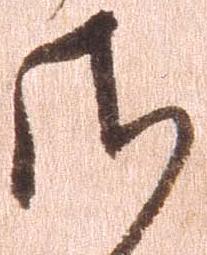
さ